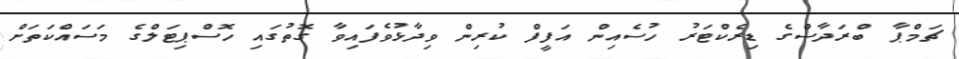
ޗަމްޕާ ބްރަދާސްގެ ޑިރެކްޓަރު ހުސެއިން އަފީފް ކުރިން ވިދާޅުވެފައިވާ ގޮތުގައި ހޮސްޕިޓަލްގެ މަސައްކަތަށް